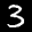
Label: 3